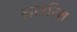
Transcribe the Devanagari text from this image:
लाउरिस